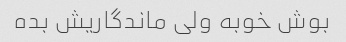
بوش خوبه ولی ماندگاریش بده